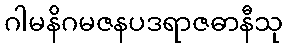
ဂါမနိဂမဇနပဒရာဇဓာနီသု